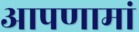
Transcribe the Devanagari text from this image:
आपणामां